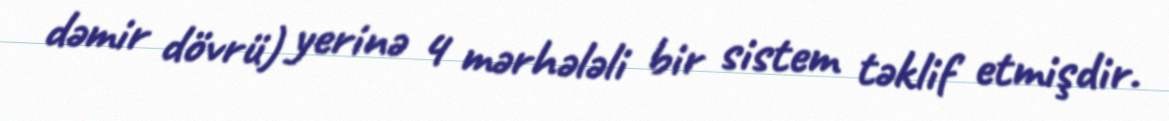
dəmir dövrü) yerinə 4 mərhələli bir sistem təklif etmişdir.